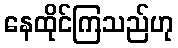
နေထိုင်ကြသည်ဟု